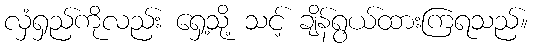
လှံရှည်ကိုလည်း ရှေ့သို့ သင့် ချိန်ရွယ်ထားကြရသည်။